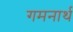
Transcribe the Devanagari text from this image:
गमनार्थ